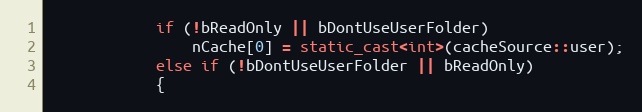
Language: C++
			if (!bReadOnly || bDontUseUserFolder)
				nCache[0] = static_cast<int>(cacheSource::user);
			else if (!bDontUseUserFolder || bReadOnly)
			{